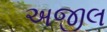
અજીલ